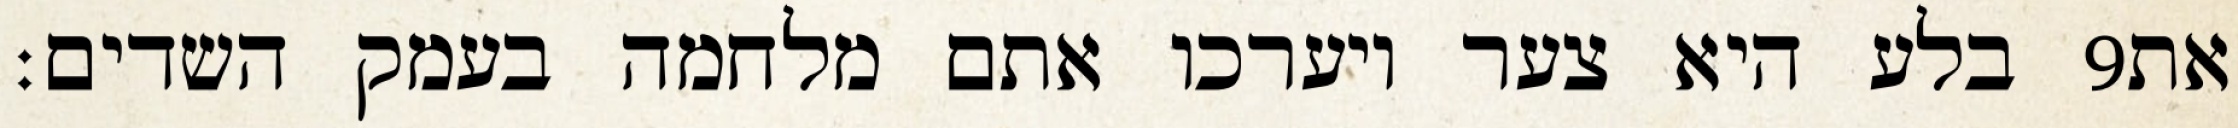
בלע היא צער ויערכו אתם מלחמה בעמק השדים׃ ‎9‏ את